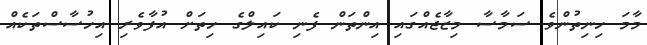
މާމަ ހިނިތުންވެ ސަމާސާ މިޒާޖެއްގައި އިންތަން ފެނި ކައިލްގެ ހިތަށް އުފާވެރި އިހުސާސްތަކެއް